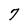
Character: 7